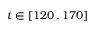
t \in [ 1 2 0 \, , 1 7 0 ]